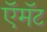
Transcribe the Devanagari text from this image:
ऍमॅट